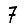
Digit: 7